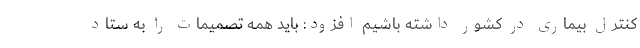
کنترل بیماری در کشور داشته باشیم افزود: باید همه تصمیمات را به ستاد